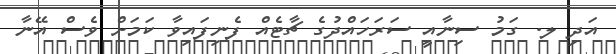
އަދި ލ. ގަމު ސިނާއީ ސަރަހައްދުގެ ޗާޓެއް ފެނިފައިވާ ކަމަށް ވެސް އޭނާ